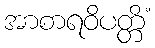
အာစာရဝိပတ္တိံ